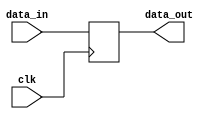
`timescale 1ps/100fs 
module simplePipeline(clk, data_in, data_out);
input clk;
input[7:0] data_in;
output reg[7:0] data_out;

always@(posedge clk) begin
	data_out <= #5 data_in;
end
endmodule